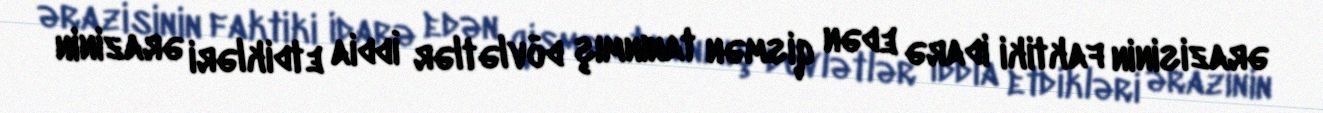
ərazisinin faktiki idarə edən qismən tanınmış dövlətlər İddia etdikləri ərazinin